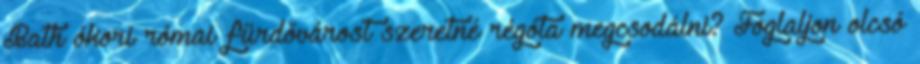
Bath ókori római fürdővárost szeretné régóta megcsodálni? Foglaljon olcsó